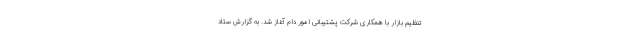
تنظیم بازار با همکاری شرکت پشتیبانی امور دام آغاز شد. به گزارش ستاد